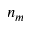
n _ { m }